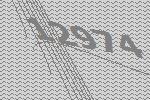
12974